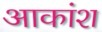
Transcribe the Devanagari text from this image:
आकांश